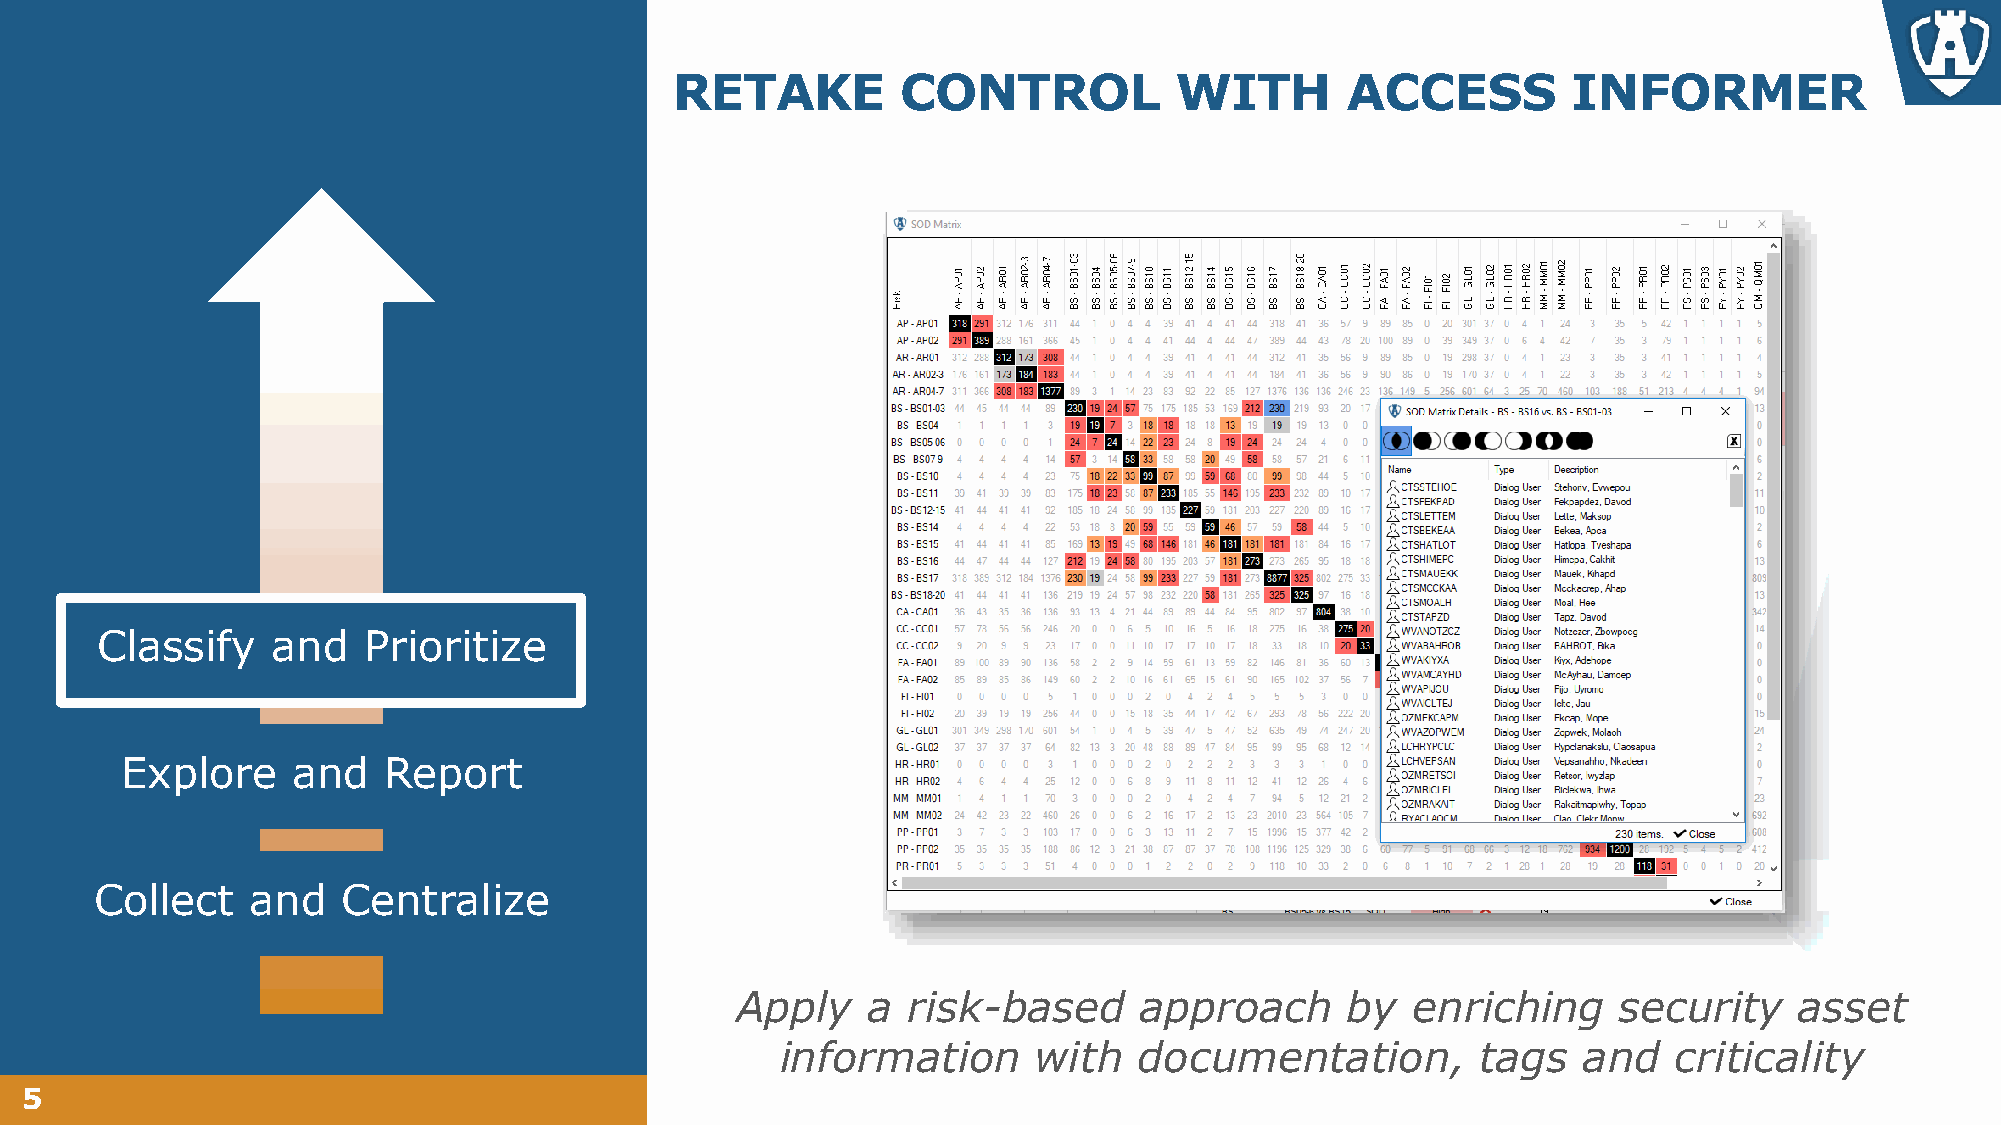
RETAKE         CONTROL           WITH       ACCESS         INFORMER
 Classify    and   Prioritize
 Explore    and   Report
 Collect   and    Centralize
 Apply   a  risk-based     approach      by  enriching     security    asset
 information     with   documentation,         tags   and   criticality
 5